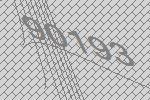
90193